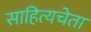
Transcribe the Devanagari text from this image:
साहित्यचेता